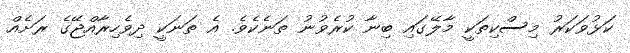
ކަޅުވަކަރު މިސްކިތަކީ މާލޭގައި ބިނާ ކުރެވުނު ތަނެކެވެ. އެ ތަނަކީ ދިވެހިރާއްޖޭގެ ރަށެއް